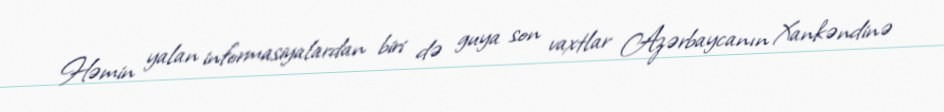
Həmin yalan informasiyalardan biri də guya son vaxtlar Azərbaycanın Xankəndinə